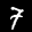
Label: 7